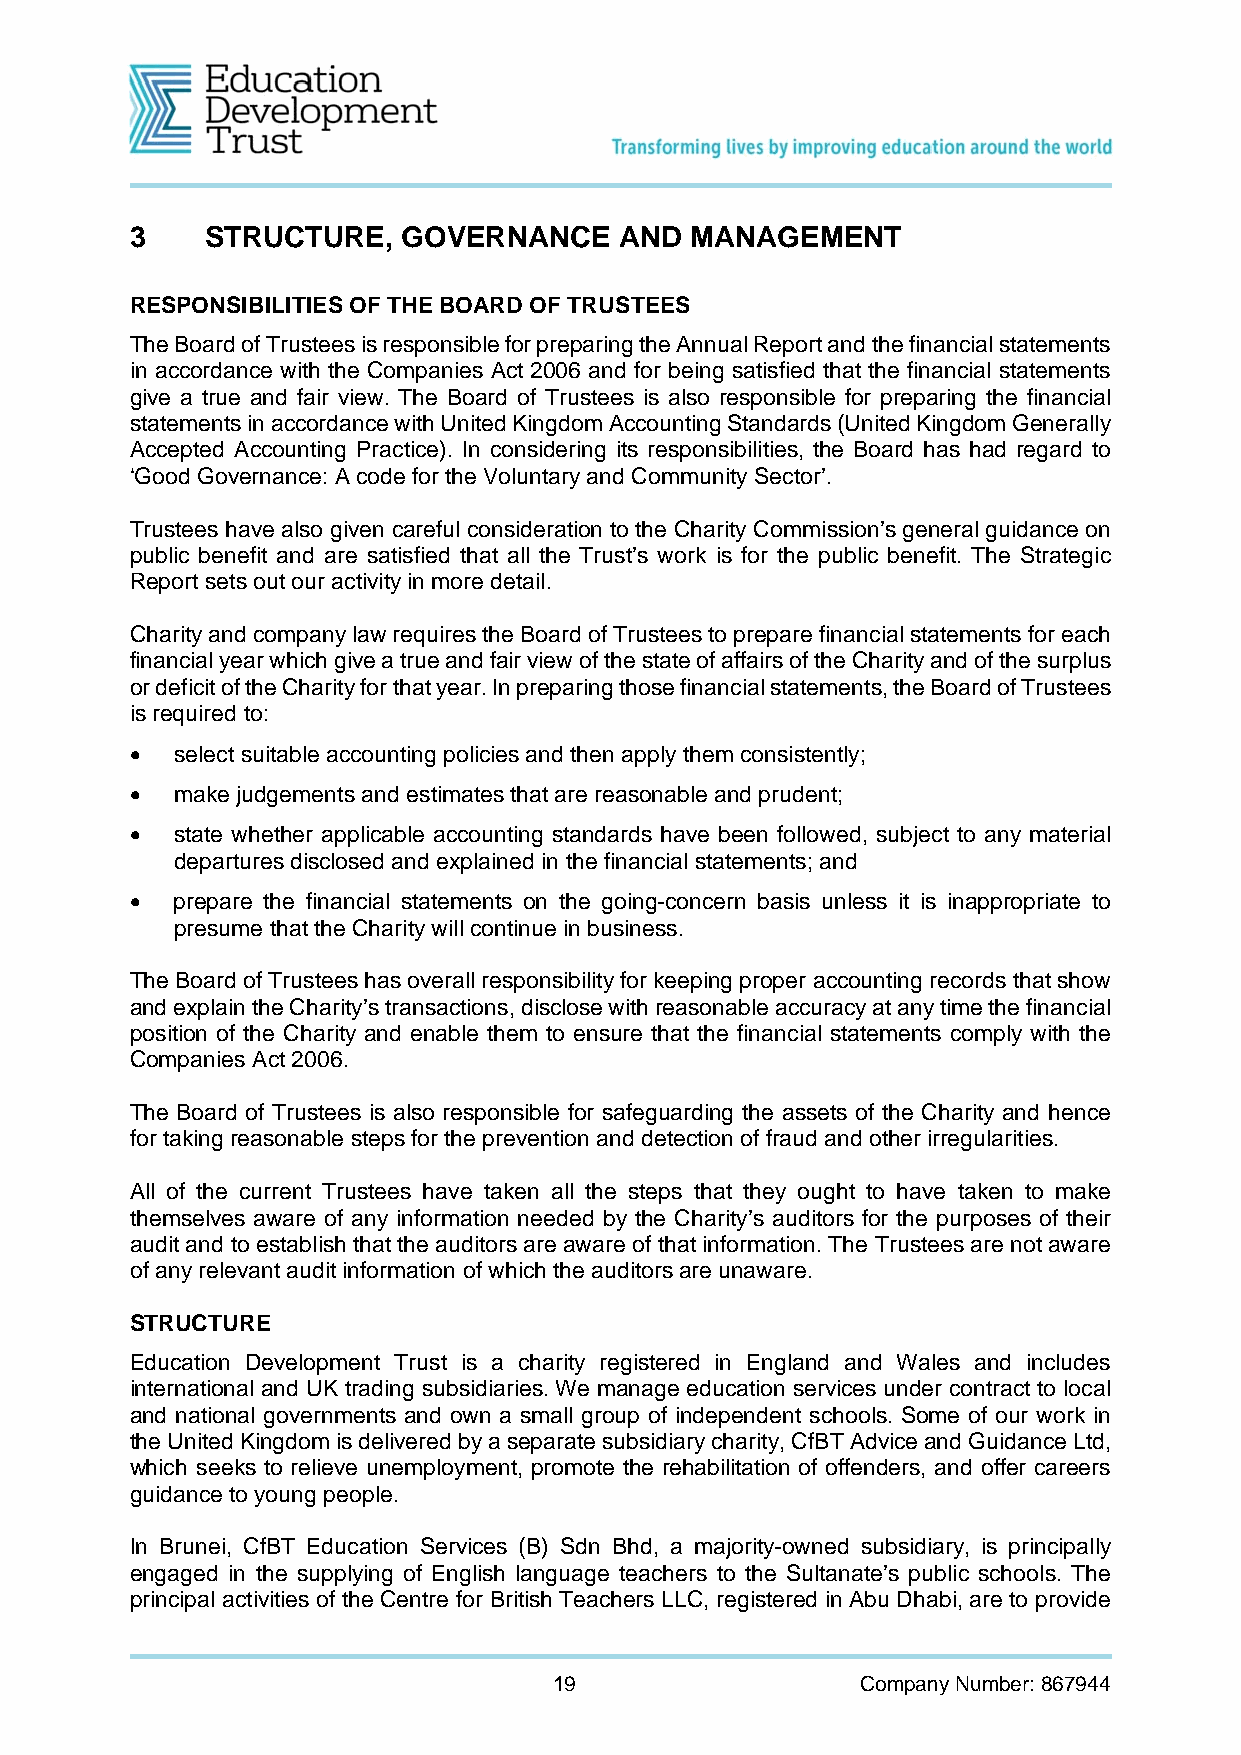
3    STRUCTURE,   GOVERNANCE    AND  MANAGEMENT
 RESPONSIBILITIES OF THE BOARD OF TRUSTEES
 The Board of Trustees is responsible for preparing the Annual Report and the financial statements
 in accordance with the Companies Act 2006 and for being satisfied that the financial statements
 give a true and fair view. The Board of Trustees is also responsible for preparing the financial
 statements in accordance with United Kingdom Accounting Standards (United Kingdom Generally
 Accepted Accounting Practice). In considering its responsibilities, the Board has had regard to
 ‘Good Governance: A code for the Voluntary and Community Sector’.
 Trustees have also given careful consideration to the Charity Commission’s general guidance on
 public benefit and are satisfied that all the Trust’s work is for the public benefit. The Strategic
 Report sets out our activity in more detail.
 Charity and company law requires the Board of Trustees to prepare financial statements for each
 financial year which give a true and fair view of the state of affairs of the Charity and of the surplus
 or deficit of the Charity for that year. In preparing those financial statements, the Board of Trustees
 is required to:
   select suitable accounting policies and then apply them consistently;
   make judgements and estimates that are reasonable and prudent;
   state whether applicable accounting standards have been followed, subject to any material
 departures disclosed and explained in the financial statements; and
   prepare the financial statements on the going-concern basis unless it is inappropriate to
 presume that the Charity will continue in business.
 The Board of Trustees has overall responsibility for keeping proper accounting records that show
 and explain the Charity’s transactions, disclose with reasonable accuracy at any time the financial
 position of the Charity and enable them to ensure that the financial statements comply with the
 Companies Act 2006.
 The Board of Trustees is also responsible for safeguarding the assets of the Charity and hence
 for taking reasonable steps for the prevention and detection of fraud and other irregularities.
 All of the current Trustees have taken all the steps that they ought to have taken to make
 themselves aware of any information needed by the Charity’s auditors for the purposes of their
 audit and to establish that the auditors are aware of that information. The Trustees are not aware
 of any relevant audit information of which the auditors are unaware.
 STRUCTURE
 Education Development Trust is a charity registered in England and Wales and includes
 international and UK trading subsidiaries. We manage education services under contract to local
 and national governments and own a small group of independent schools. Some of our work in
 the United Kingdom is delivered by a separate subsidiary charity, CfBT Advice and Guidance Ltd,
 which seeks to relieve unemployment, promote the rehabilitation of offenders, and offer careers
 guidance to young people.
 In Brunei, CfBT Education Services (B) Sdn Bhd, a majority-owned subsidiary, is principally
 engaged in the supplying of English language teachers to the Sultanate’s public schools. The
 principal activities of the Centre for British Teachers LLC, registered in Abu Dhabi, are to provide
 19                  Company Number: 867944